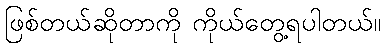
ဖြစ်တယ်ဆိုတာကို ကိုယ်တွေ့ရပါတယ်။